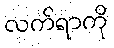
လက်ရာကို